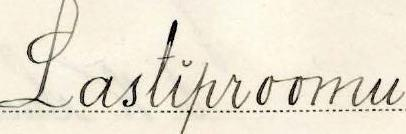
Lastiproomu